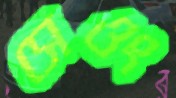
সেওং